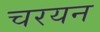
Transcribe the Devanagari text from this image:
चरयन